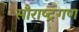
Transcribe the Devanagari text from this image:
सौराष्ट्रगण